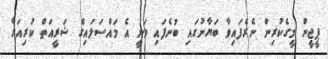
ޕީޖީން މީގެކުރިން ނެރެފައިވާ ބަޔާނުގައި ބުނެފައި ވަނީ އެ މައްސަލައިގެ ޝަރީއަތް ކުރިއަށް